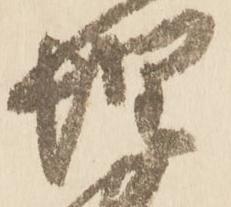
惶